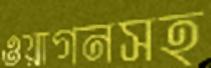
ওয়াগনসহ